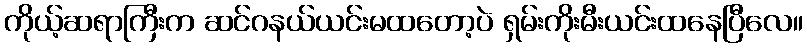
ကိုယ့်ဆရာကြီးက ဆင်ဂနယ်ယင်းမထတော့ပဲ ရှမ်းကိုးမီးယင်းထနေပြီလေ။